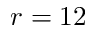
r = 1 2